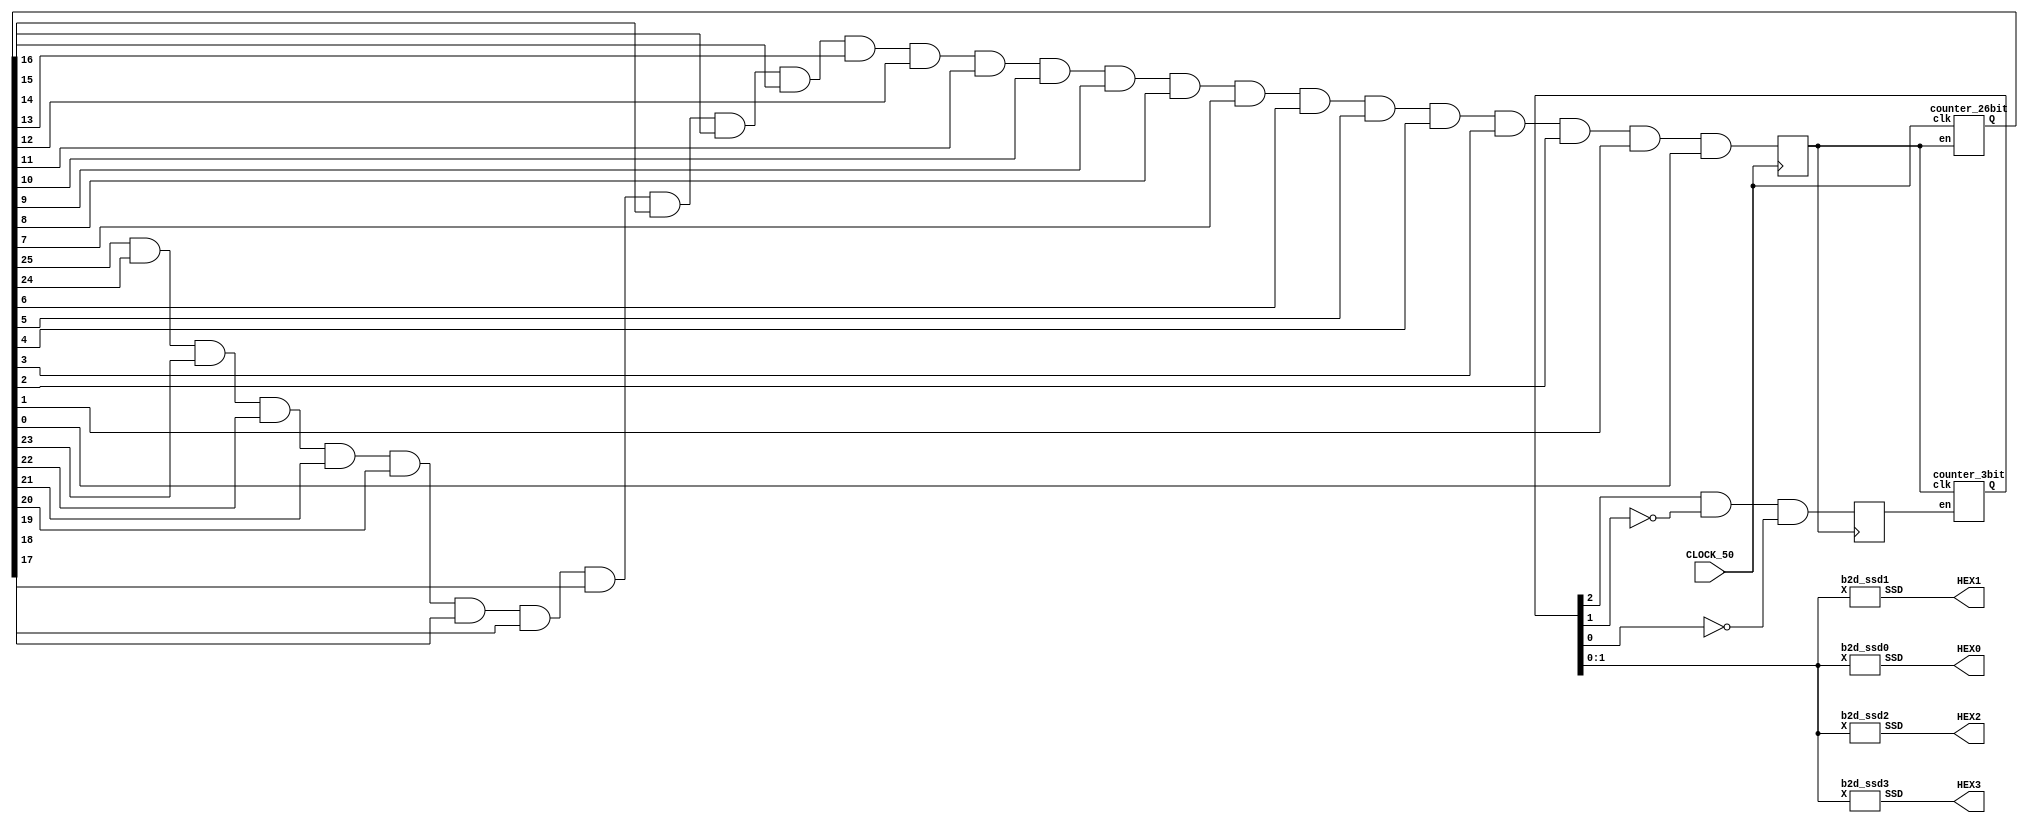
module part4 (CLOCK_50,HEX3,HEX2,HEX1,HEX0);
  input CLOCK_50;
  output [6:0] HEX3,HEX2,HEX1,HEX0;

  wire [25:0] Q;
  wire [2:0] Q2;
  reg Clr, Clr2;

  counter_26bit C0 (CLOCK_50, Clr, Q);
  counter_3bit DISPLAY (Clr, Clr2, Q2);

  always @ (posedge CLOCK_50) begin
    Clr = (Q[25]&Q[24]&Q[23]&Q[22]&Q[21]&Q[20]&Q[19]&Q[18]&Q[17]&Q[16]&Q[15]&Q[14]&Q[13]&Q[12]&Q[11]&Q[10]&Q[9]&Q[8]&Q[7]&Q[6]&Q[5]&Q[4]&Q[3]&Q[2]&Q[1]&Q[0]);
  end

  always @ (posedge Clr) begin
    Clr2 = (Q2[2]&~Q2[1]&~Q2[0]);
  end

  b2d_ssd0 H0 (Q2[1:0], HEX0); // To visualize properly in desim change Q2[1:0] to Q[15:14]
  b2d_ssd1 H1 (Q2[1:0], HEX1);
  b2d_ssd2 H2 (Q2[1:0], HEX2);
  b2d_ssd3 H3 (Q2[1:0], HEX3);

endmodule

module counter_26bit(clk, en, Q);
input clk,en;
output [25:0] Q;
reg [25:0] Qs;

always @(posedge clk)
begin
if(en)
 Qs <= 0;
else if(~en)
 Qs <= Qs + 1;
else
 Qs <= 1;
end
assign Q = Qs;
endmodule

module counter_3bit(clk, en, Q);
input clk,en;
  output [2:0] Q;
  reg [2:0] Qs;

always @(posedge clk)
begin
if(en)
 Qs <= 0;
else if (~en)
 Qs <= Qs + 1;
else
 Qs <= 1;
end
assign Q = Qs;
endmodule

module b2d_ssd0 (X, SSD);
  input [1:0] X;
  output [6:0] SSD;

         assign SSD[0] = (~X[1]&X[0]) | (X[1]&X[0]);
         assign SSD[1] = (X[1]&~X[0]);
         assign SSD[2] = (X[1]&~X[0]);
         assign SSD[3] = (X[1]&X[0]);
         assign SSD[4] = (X[1]&X[0]);
         assign SSD[5] = (~X[1]&X[0]) | (X[1]&X[0]);
         assign SSD[6] = (~X[1]&~X[0]) | (X[1]&X[0]);

endmodule

module b2d_ssd1 (X, SSD);
  input [1:0] X;
  output [6:0] SSD;

         assign SSD[0] = (~X[1]&~X[0]) | (X[1]&~X[0]);
         assign SSD[1] = (X[1]&X[0]);
         assign SSD[2] = (X[1]&X[0]);
         assign SSD[3] = (~X[1]&~X[0]);
         assign SSD[4] = (~X[1]&~X[0]);
         assign SSD[5] = (~X[1]&~X[0]) | (X[1]&~X[0]);
         assign SSD[6] = (~X[1]&X[0]) | (~X[1]&~X[0]);

endmodule

module b2d_ssd2 (X, SSD);
  input [1:0] X;
  output [6:0] SSD;

         assign SSD[0] = (~X[1]&X[0]) | (X[1]&X[0]);
         assign SSD[1] = (~X[1]&~X[0]);
         assign SSD[2] = (~X[1]&~X[0]);
         assign SSD[3] = (~X[1]&X[0]);
         assign SSD[4] = (~X[1]&X[0]);
         assign SSD[5] = (~X[1]&X[0]) | (X[1]&X[0]);
         assign SSD[6] = (~X[1]&X[0]) | (X[1]&~X[0]);

endmodule

module b2d_ssd3 (X, SSD);
  input [1:0] X;
  output [6:0] SSD;

         assign SSD[0] = (~X[1]&~X[0]) | (X[1]&~X[0]);
         assign SSD[1] = (~X[1]&X[0]);
         assign SSD[2] = (~X[1]&X[0]);
         assign SSD[3] = (X[1]&~X[0]);
         assign SSD[4] = (X[1]&~X[0]);
         assign SSD[5] = (X[1]&~X[0]) | (~X[1]&~X[0]);
         assign SSD[6] = (X[1]&~X[0]) | (X[1]&X[0]);

endmodule